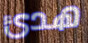
هدئ